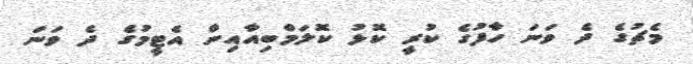
މެޗުގެ ދެ ވަނަ ހާފުގެ ކުރީ ކޮޅު ކޮލަމްބިއާއިން އެޓީމުގެ ދެ ވަނަ